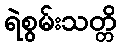
ရဲစွမ်းသတ္တိ